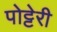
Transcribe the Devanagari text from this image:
पोट्टेरी